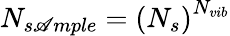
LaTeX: N_{s\mathscr{A}mple}=\left(N_{s}\right)^{N_{vib}}